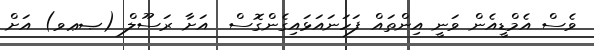
ވެސް އެމްޑީއެން ވަނީ އިންތައް ފަހަނައަޅައިގެންގޮސް  އަށާ ރަސޫލް (ޞޢވ) އަށް